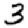
Digit: 3